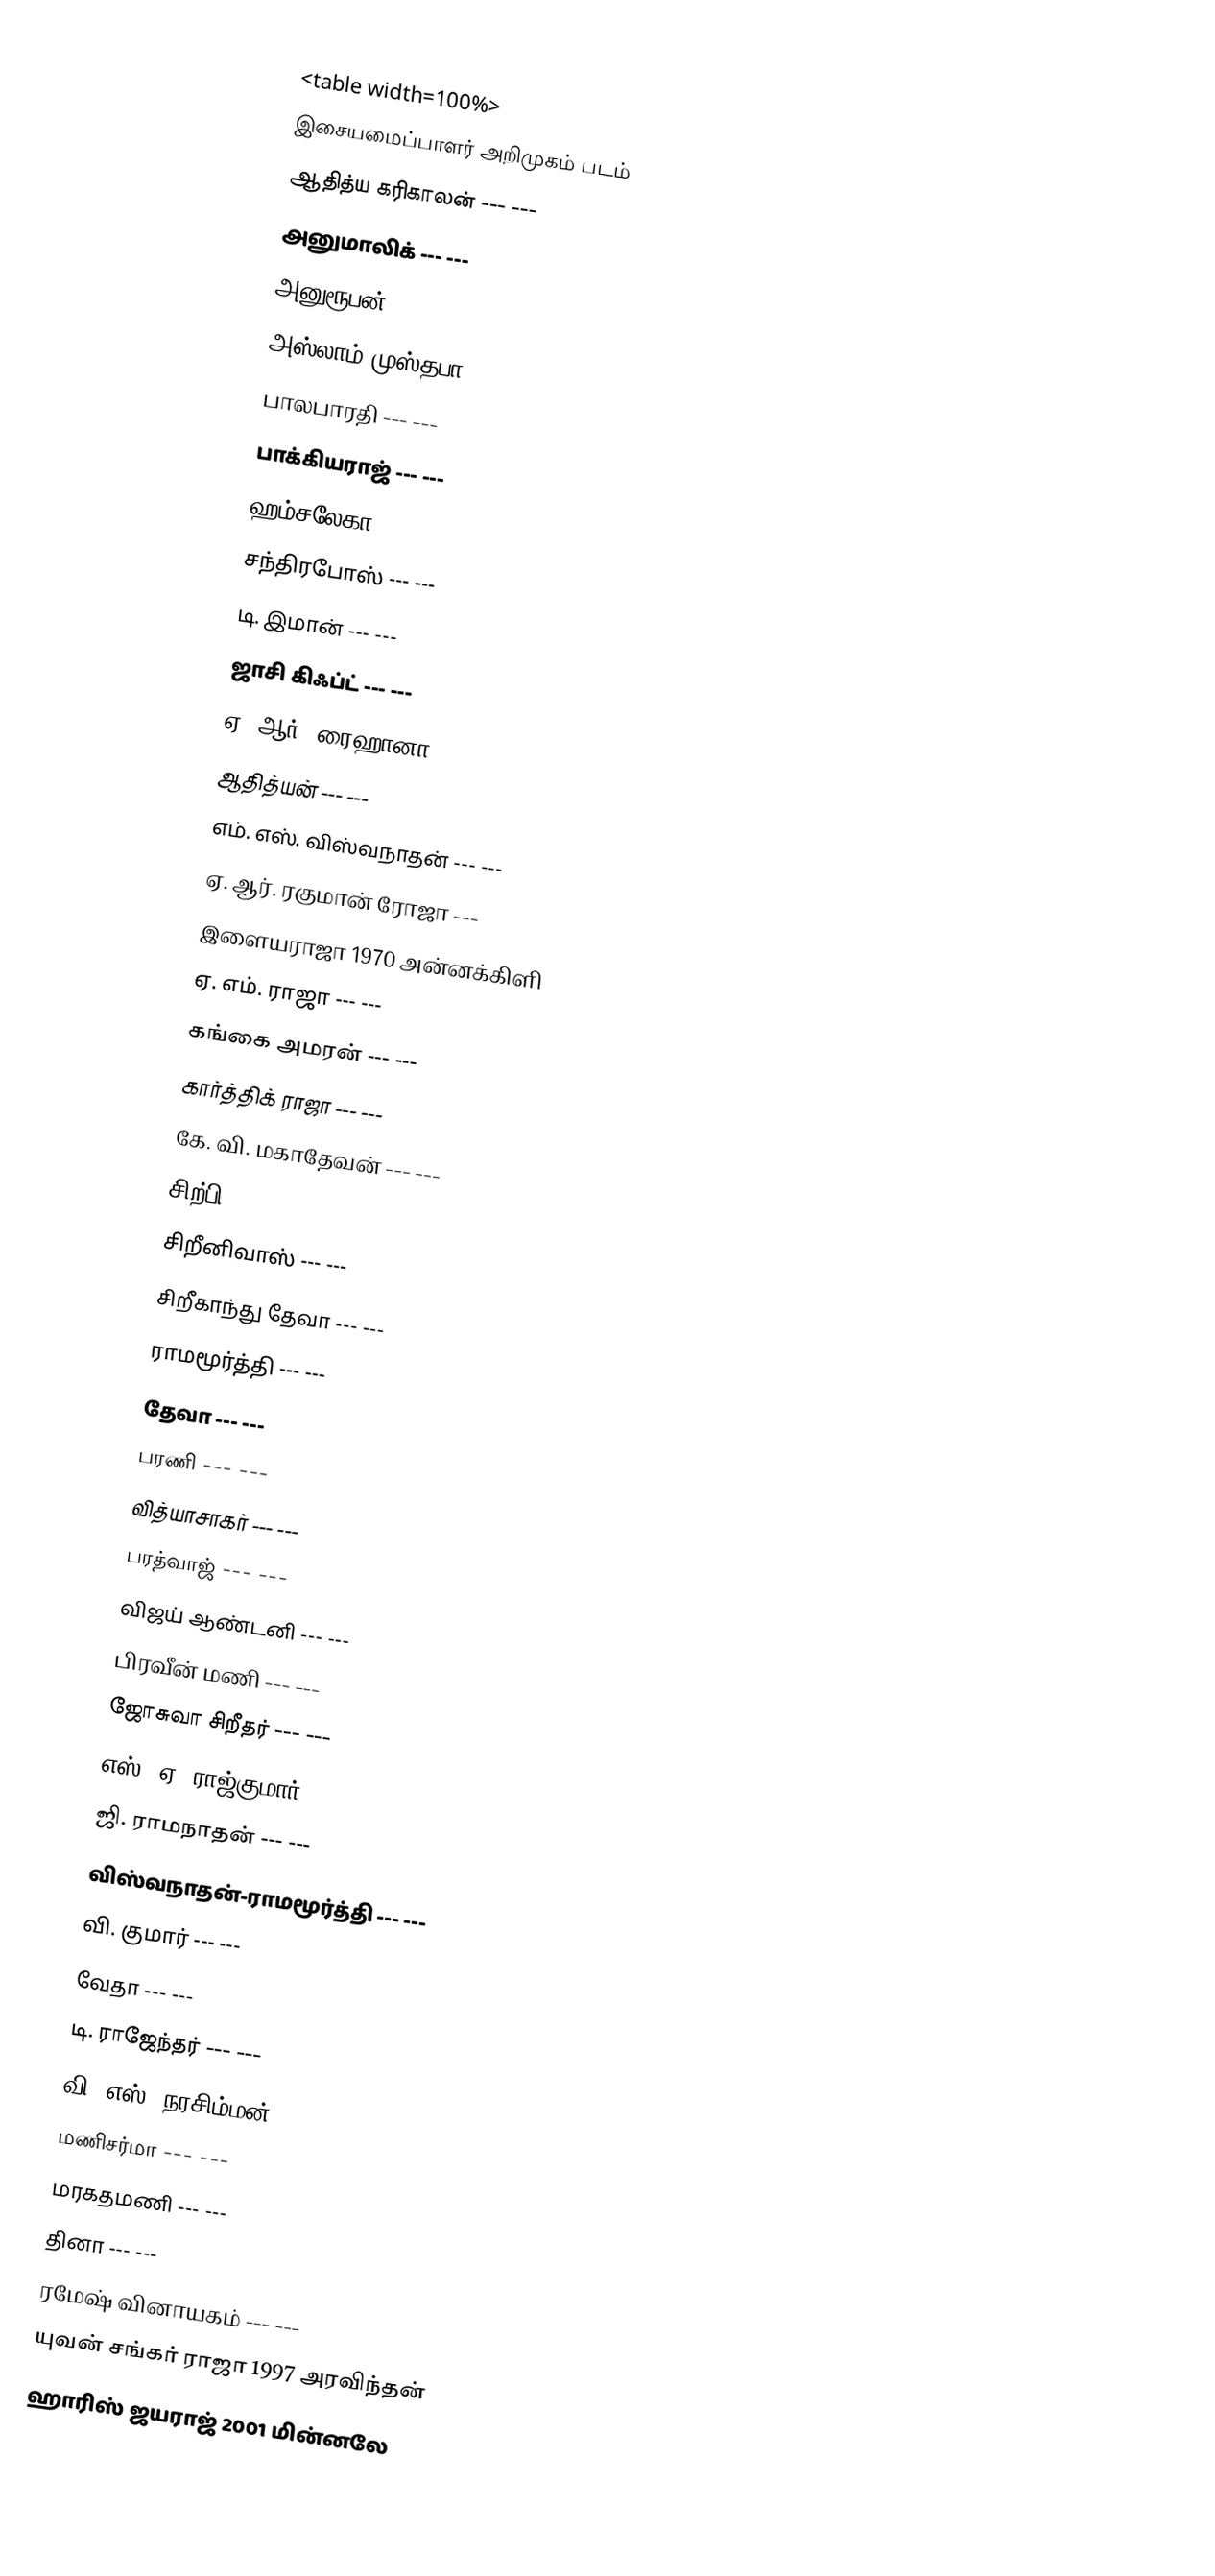
<table width=100%>
இசையமைப்பாளர் அறிமுகம் படம்
ஆதித்ய கரிகாலன் --- ---
அனுமாலிக் --- ---
அனுரூபன் --- ---
அஸ்லாம் முஸ்தபா --- ---
பாலபாரதி --- ---
பாக்கியராஜ் --- ---
ஹம்சலேகா --- ---
சந்திரபோஸ் --- ---
டி. இமான் --- ---
ஜாசி கிஃப்ட் --- ---
ஏ. ஆர். ரைஹானா --- ---
ஆதித்யன் --- ---
எம். எஸ். விஸ்வநாதன் --- ---
ஏ. ஆர். ரகுமான் ரோஜா ---
இளையராஜா 1970 அன்னக்கிளி
ஏ. எம். ராஜா --- ---
கங்கை அமரன் --- ---
கார்த்திக் ராஜா --- ---
கே. வி. மகாதேவன் --- ---
சிற்பி --- ---
சிறீனிவாஸ் --- ---
சிறீகாந்து தேவா --- ---
ராமமூர்த்தி --- ---
தேவா --- ---
பரணி --- ---
வித்யாசாகர் --- ---
பரத்வாஜ் --- ---
விஜய் ஆண்டனி --- ---
பிரவீன் மணி --- ---
ஜோசுவா சிறீதர் --- ---
எஸ். ஏ. ராஜ்குமார் --- ---
ஜி. ராமநாதன் --- ---
விஸ்வநாதன்-ராமமூர்த்தி --- ---
வி. குமார் --- ---
வேதா --- ---
டி. ராஜேந்தர் --- ---
வி. எஸ். நரசிம்மன் --- ---
மணிசர்மா --- ---
மரகதமணி --- ---
தினா --- ---
ரமேஷ் வினாயகம் --- ---
யுவன் சங்கர் ராஜா 1997 அரவிந்தன்
ஹாரிஸ் ஜயராஜ் 2001 மின்னலே